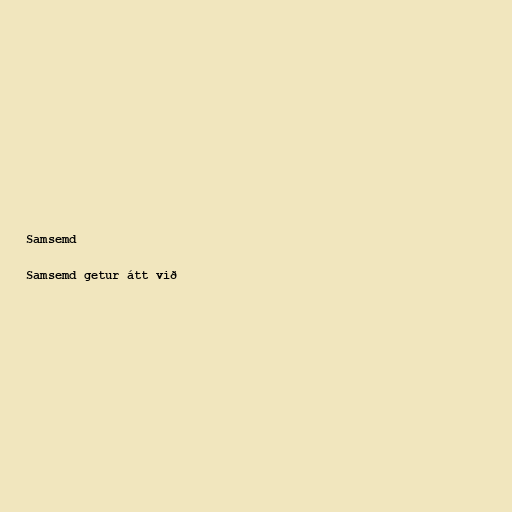
Samsemd

Samsemd getur átt við